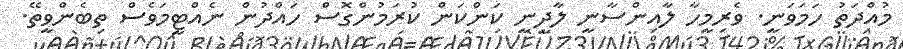
މުއްދަތު ހަމަވަނީ. ވެރިމީހާ ލާއިންސާނީ ލާދީނީ ކަންކަން ކުރަމުންގޮސް ހައްދުން ނެއްޓީމަވެސް ތިބެންވީތޭ.